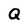
Character: Q